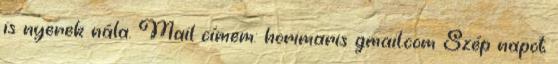
is nyerek nála. Mail címem: horimaris gmail.com Szép napot